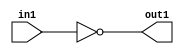
`timescale 1ns / 1ps
//////////////////////////////////////////////////////////////////////////////////
// Company: 
// Engineer: 
// 
// Design Name: 
// Module Name: bNOT_valid
// Project Name: 
// Target Devices: 
// Tool Versions: 
// Description: 
// 
// Dependencies: 
// 
// Revision:
// Revision 0.01 - File Created
// Additional Comments:
// 
//////////////////////////////////////////////////////////////////////////////////


module bNOT_valid
    # (    parameter N = 32)
    (out1, in1);
    input [N-1:0] in1;
    output [N-1:0] out1;
    
    assign out1 = ~in1;

endmodule